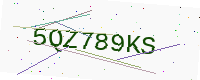
Text: 5QZ789KS